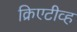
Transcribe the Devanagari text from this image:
क्रिएटीव्ह